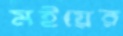
মইয়ের